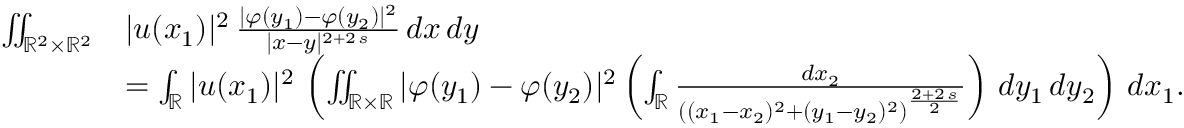
\begin{array} { r l } { \iint _ { \mathbb { R } ^ { 2 } \times \mathbb { R } ^ { 2 } } } & { | u ( x _ { 1 } ) | ^ { 2 } \, \frac { | \varphi ( y _ { 1 } ) - \varphi ( y _ { 2 } ) | ^ { 2 } } { | x - y | ^ { 2 + 2 \, s } } \, d x \, d y } \\ & { = \int _ { \mathbb { R } } | u ( x _ { 1 } ) | ^ { 2 } \, \left( \iint _ { \mathbb { R } \times \mathbb { R } } | \varphi ( y _ { 1 } ) - \varphi ( y _ { 2 } ) | ^ { 2 } \left( \int _ { \mathbb { R } } \frac { d x _ { 2 } } { \left( ( x _ { 1 } - x _ { 2 } ) ^ { 2 } + ( y _ { 1 } - y _ { 2 } ) ^ { 2 } \right) ^ { \frac { 2 + 2 \, s } { 2 } } } \right) \, d y _ { 1 } \, d y _ { 2 } \right) \, d x _ { 1 } . } \end{array}